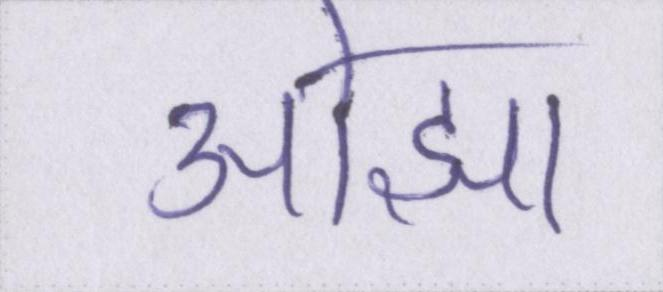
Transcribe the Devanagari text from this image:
ओझा